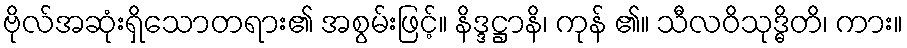
ဗိုလ်အဆုံးရှိသောတရား၏ အစွမ်းဖြင့်။ နိဒ္ဒဋ္ဌာနိ၊ ကုန် ၏။ သီလဝိသုဒ္ဓိတိ၊ ကား။